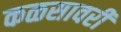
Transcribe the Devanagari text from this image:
कळसावरी